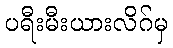
ပရီးမီးယားလိဂ်မှ